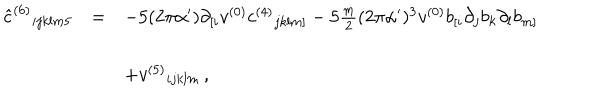
LaTeX: \begin{array} { r c l } { { { \hat { c } } ^ { ( 6 ) } { } _ { i j k l m 5 } } } & { { = } } & { { - 5 ( 2 \pi \alpha ^ { \prime } ) \partial _ { [ i } v ^ { ( 0 ) } c ^ { ( 4 ) } { } _ { j k l m ] } - 5 { \textstyle \frac { m } { 2 } } ( 2 \pi \alpha ^ { \prime } ) ^ { 3 } v ^ { ( 0 ) } b _ { [ i } \partial _ { j } b _ { k } \partial _ { l } b _ { m ] } } } \\ { { } } & { { } } & { { } } \\ { { } } & { { } } & { { + v ^ { ( 5 ) } { } _ { i j k l m } \, , } } \\ \end{array}